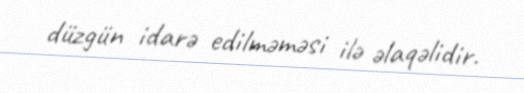
düzgün idarə edilməməsi ilə əlaqəlidir.